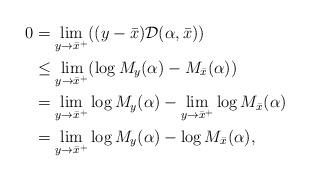
LaTeX: \begin{align*}0 & = \lim_{y\to \bar x^+}((y-\bar x) \mathcal D(\alpha,\bar x)) \\& \leq \lim_{y\to \bar x^+} (\log M_y(\alpha) - M_{\bar x}(\alpha)) \\& = \lim_{y\to \bar x^+} \log M_y(\alpha) - \lim_{y\to \bar x^+}\log M_{\bar x}(\alpha) \\& = \lim_{y\to \bar x^+} \log M_y(\alpha) - \log M_{\bar x}(\alpha),\end{align*}